Plague in India, 1896, 1897 - Volume 2
Year: 1896
Disease focus: Plague
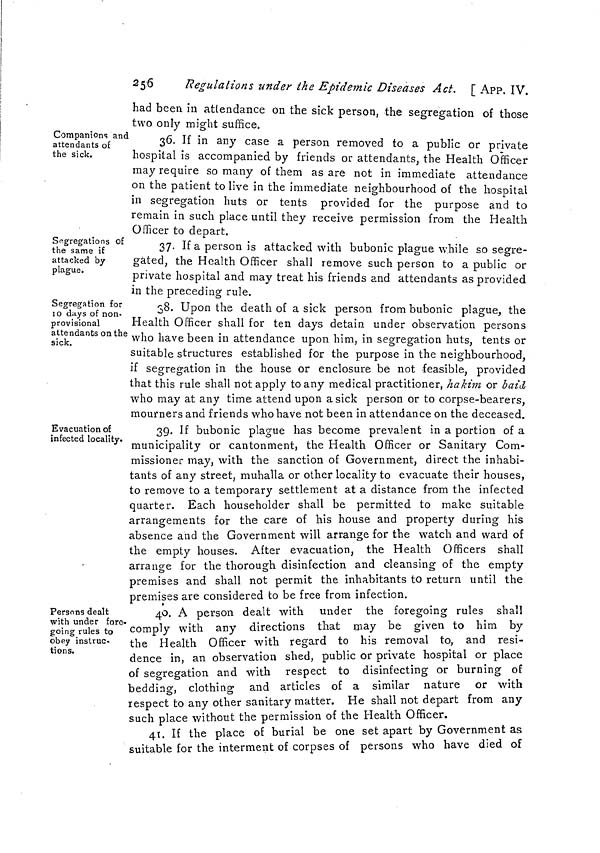
2 5 6
Régulations under the Epidemic Diseases Act. [ APP. IV.
had been in attendance on the sick person, the segregation of those
two only might suffice.
Companions and
attendants of
the sick.
30. 1f m any case a person removed to a public or private
hospital is accompanied by friends or attendants, the Health Officer
may require so many of them as are not in immediate attendance
on the patient to live in the immediate neighbourhood of the hospital
in segregation huts or tents provided for the purpose and to
remain in such place until they receive permission from the Health
Officer to depart.
Segregations of
the same if
attacked by
plague.
37. If a person is attacked with bubonic plague while so segre-
gated, the Health Officer shall remove such person to a public or
private hospital and may treat his friends and attendants as provided
in the preceding rule.
Segregation for
10 days of non-
provisional
attendants on the
sick.
38. Upon the death of a sick person from bubonic plague, the
Health Officer shall for ten days detain under observation persons
who have been in attendance upon him, in segregation huts, tents or
suitable structures established for the purpose in the neighbourhood,
if segregation in the house or enclosure be not feasible, provided
that this rule shall not apply to any medical practitioner, hakim or baid
who may at any time attend upon a sick person or to corpse-bearers,
mourners and friends who have not been in attendance on the deceased.
Evacuation of
infected locality.
39. If bubonic plague has become prevalent in a portion of a
municipality or cantonment, the Health Officer or Sanitary Com-
missioner may, with the sanction of Government, direct the inhabi-
tants of any street, muhalla or other locality to evacuate their houses,
to remove to a temporary settlement at a distance from the infected
quarter. Each householder shall be permitted to make suitable
arrangements for the care of his house and property during his
absence and the Government will arrange for the watch and ward of
the empty houses. After evacuation, the Health Officers shall
arrange for the thorough disinfection and cleansing of the empty
premises and shall not permit the inhabitants to return until the
premises are considered to be free from infection.
Persons dealt
with under fore-
going rules to
obey instruc-
tions.
40. A person dealt with under the foregoing rules shall
comply with any directions that may be given to him by
the Health Officer with regard to his removal to, and resi-
dence in, an observation shed, public or private hospital or place
of segregation and with respect to disinfecting or burning of
bedding, clothing and articles of a similar nature or with
respect to any other sanitary matter. He shall not depart from any
such place without the permission of the Health Officer.
41. If the place oE burial be one set apart by Government as
suitable for the interment of corpses of persons who have died of